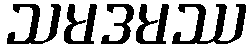
သမဒမဿ